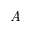
\textit { A }